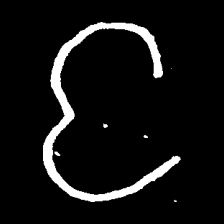
Pyu character \u2014 Myanmar letter: င (romanized: nga)